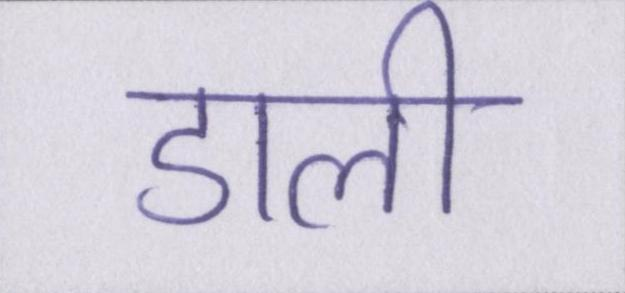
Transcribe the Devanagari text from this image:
डाली